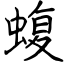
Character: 蝮